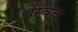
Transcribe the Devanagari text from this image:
स्‍विच